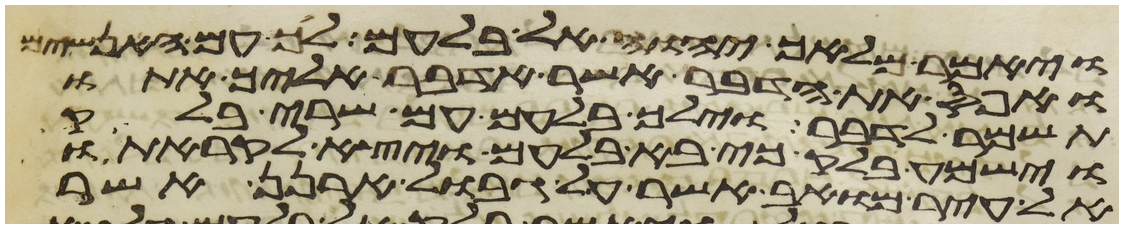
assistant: ויאמר מלאך יהוה אל בלעם לך עם האנשים
ואפס את הדבר אשר אדבר אליך אתו
תשמר לדבר וילך בלעם עם שרי בלק
וישמע בלק כי בא בלעם ויצא לקראתו
אל עיר מואב אשר על גבול ארנן אשר